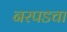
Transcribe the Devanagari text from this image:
नरपडचा